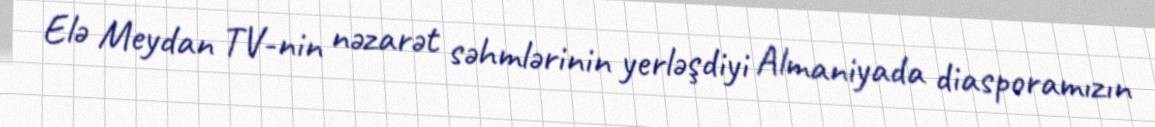
Elə Meydan TV-nin nəzarət səhmlərinin yerləşdiyi Almaniyada diasporamızın